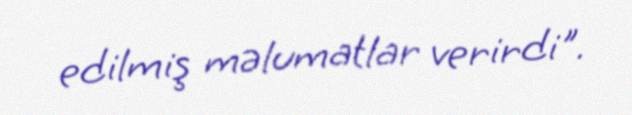
edilmiş məlumatlar verirdi".